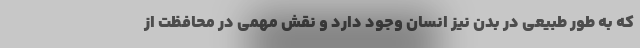
که به طور طبیعی در بدن نیز انسان وجود دارد و نقش مهمی در محافظت از